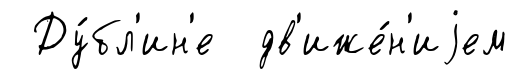
Ду́бл'ин'е дв'иже́н'иjем